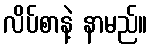
လိပ်စာနဲ့ နာမည်။